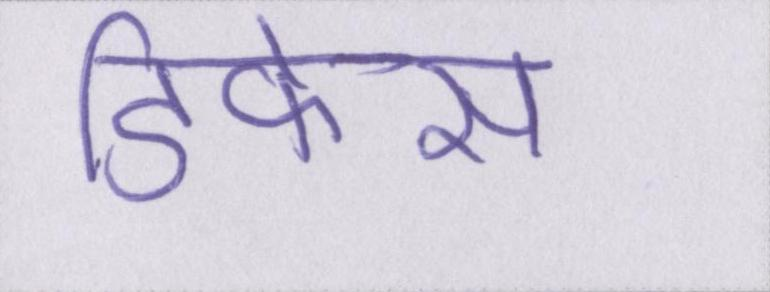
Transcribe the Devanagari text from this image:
डिफेंस